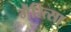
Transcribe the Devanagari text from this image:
मैरित्सा